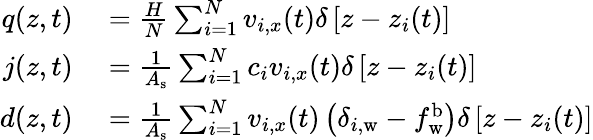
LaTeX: \begin{array}{rl}{q(z,t)}&{{}=\frac{H}{N}\sum_{i=1}^{N}v_{i,x}(t)\delta\left[z-z_{i}(t)\right]}\\ {j(z,t)}&{{}=\frac{1}{A_{\mathrm{s}}}\sum_{i=1}^{N}c_{i}v_{i,x}(t)\delta\left[z-z_{i}(t)\right]}\\ {d(z,t)}&{{}=\frac{1}{A_{\mathrm{s}}}\sum_{i=1}^{N}v_{i,x}(t)\left(\delta_{i,\mathrm{w}}-f_{\mathrm{w}}^{\mathrm{b}}\right)\delta\left[z-z_{i}(t)\right]}\end{array}